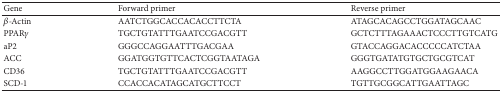
<table><thead><tr><td><b>Gene</b></td><td><b>Forward primer</b></td><td><b>Reverse primer</b></td></tr></thead><tbody><tr><td><i>β</i>-Actin</td><td>AATCTGGCACCACACCTTCTA</td><td>ATAGCACAGCCTGGATAGCAAC</td></tr><tr><td>PPAR<i>γ</i></td><td>TGCTGTATTTGAATCCGACGTT</td><td>GCTCTTTAGAAACTCCCTTGTCATG</td></tr><tr><td>aP2</td><td>GGGCCAGGAATTTGACGAA</td><td>GTACCAGGACACCCCCATCTAA</td></tr><tr><td>ACC</td><td>GGATGGTGTTCACTCGGTAATAGA</td><td>GGGTGATATGTGCTGCGTCAT</td></tr><tr><td>CD36</td><td>TGCTGTATTTGAATCCGACGTT</td><td>AAGGCCTTGGATGGAAGAACA</td></tr><tr><td>SCD-1</td><td>CCACCACATAGCATGCTTCCT</td><td>TGTTGCGGCATTGAATTAGC</td></tr></tbody></table>